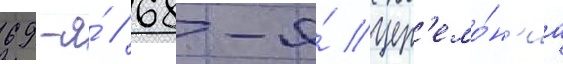
69-я́ // 68-я́ цер'емо́н'иа